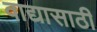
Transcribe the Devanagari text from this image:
वाद्यासाठी